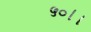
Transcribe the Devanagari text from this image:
५०।।